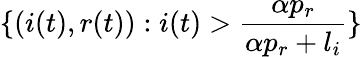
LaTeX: \{ (i(t),r(t)):i(t)>\frac{\alpha p_{r}}{\alpha p_{r}+l_{i}}\}